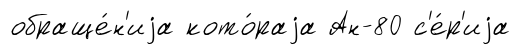
обраще́н'иjа кото́раjа Ан-80 с'е́р'иjа